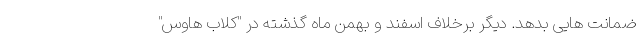
ضمانت هایی بدهد. دیگر برخلاف اسفند و بهمن ماه گذشته در "کلاب هاوس"